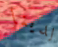
لدينا